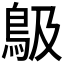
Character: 𩾶